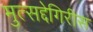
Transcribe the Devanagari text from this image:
मुत्सद्देगिरीस